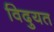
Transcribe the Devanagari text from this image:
विदुयत